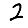
Digit: 2